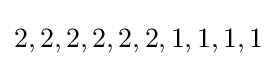
2,2,2,2,2,2,1,1,1,1